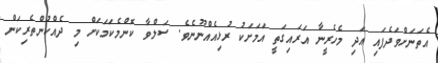
އެތަނަށްވަދެފައި އަދި މެހެރީނާ އަރައިގަތީ އަމަށަކު ރުޅިއެއްނޫނެވެ. ސަލްވާ ކޮންމެކަމަކަށް މި ދެއްކުންތެރިކަން